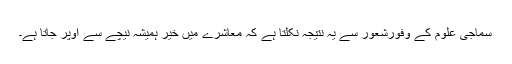
سماجی علوم کے وفورِشعور سے یہ نتیجہ نکلتا ہے کہ معاشرے میں خیر ہمیشہ نیچے سے اوپر جاتا ہے۔